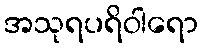
အသုရပရိဝါရော